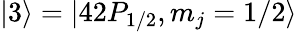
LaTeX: |3\rangle=|42P_{1/2},m_{j}=1/2\rangle